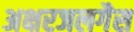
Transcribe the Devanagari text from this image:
अक्षरजलगैस